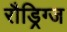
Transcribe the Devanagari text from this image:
रौड्रिग्ज